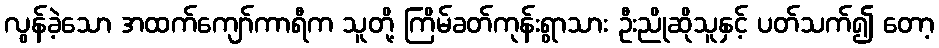
လွန်ခဲ့သော အထက်ကျော်ကာရီက သူတို့ ကြိမ်ခတ်ကုန်းရွာသား ဦးညိုဆိုသူနှင့် ပတ်သက်၍ တော့